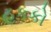
હકકો